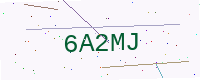
Text: 6A2MJ